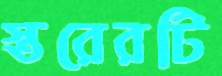
স্তরেরটি